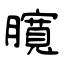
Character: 臗